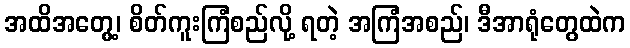
အထိအတွေ့၊ စိတ်ကူးကြံစည်လို့ ရတဲ့ အကြံအစည်၊ ဒီအာရုံတွေထဲက